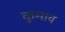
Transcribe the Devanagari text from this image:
कुमाव